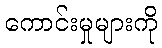
ကောင်းမှုများကို